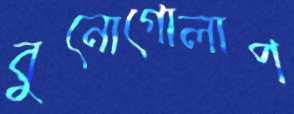
বুনোগোলাপ